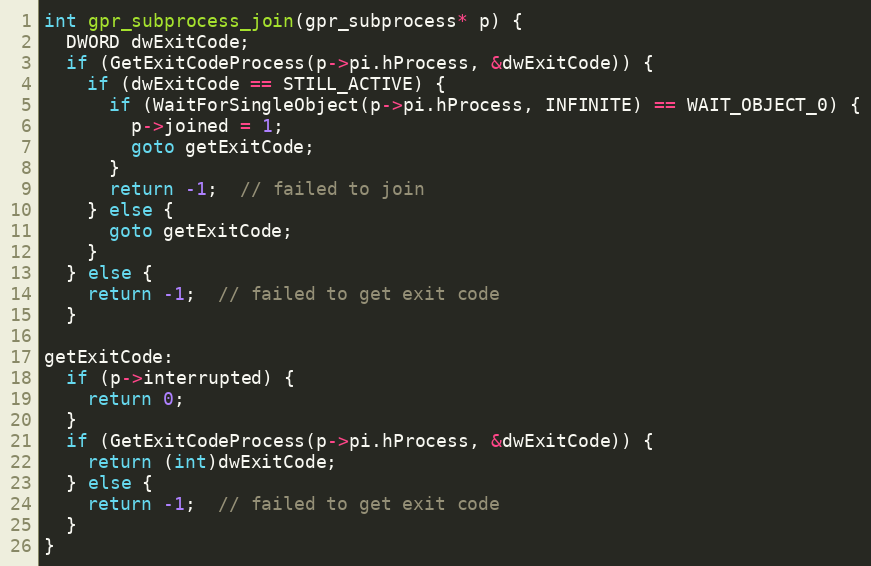
Language: C++
int gpr_subprocess_join(gpr_subprocess* p) {
  DWORD dwExitCode;
  if (GetExitCodeProcess(p->pi.hProcess, &dwExitCode)) {
    if (dwExitCode == STILL_ACTIVE) {
      if (WaitForSingleObject(p->pi.hProcess, INFINITE) == WAIT_OBJECT_0) {
        p->joined = 1;
        goto getExitCode;
      }
      return -1;  // failed to join
    } else {
      goto getExitCode;
    }
  } else {
    return -1;  // failed to get exit code
  }

getExitCode:
  if (p->interrupted) {
    return 0;
  }
  if (GetExitCodeProcess(p->pi.hProcess, &dwExitCode)) {
    return (int)dwExitCode;
  } else {
    return -1;  // failed to get exit code
  }
}